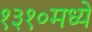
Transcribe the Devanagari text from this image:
१३१०मध्ये